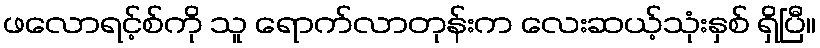
ဖလောရင့်စ်ကို သူ ရောက်လာတုန်းက လေးဆယ့်သုံးနှစ် ရှိပြီ။